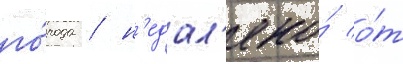
го́рода / н'едал'еко́ о́т